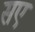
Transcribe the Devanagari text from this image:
सए